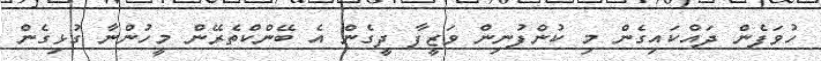
ހުވަފެން ދައްކައިގެން މި ކުންފުނިން ވަޒީފާ ދީގެން އެ ބޭންކްތެރޭން މީހުންނާ ގުޅިގެން